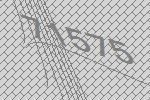
71575